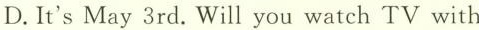
D.It's May 3rd. Will you watch TV with